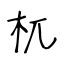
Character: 杌